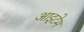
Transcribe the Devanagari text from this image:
आइटेम